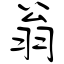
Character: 翁